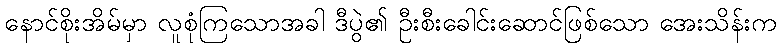
နောင်စိုးအိမ်မှာ လူစုံကြသောအခါ ဒီပွဲ၏ ဦးစီးခေါင်းဆောင်ဖြစ်သော အေးသိန်းက